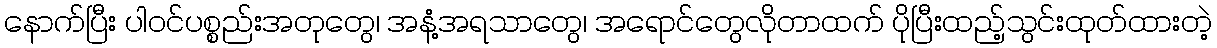
နောက်ပြီး ပါဝင်ပစ္စည်းအတုတွေ၊ အနံ့အရသာတွေ၊ အရောင်တွေလိုတာထက် ပိုပြီးထည့်သွင်းထုတ်ထားတဲ့